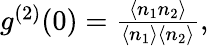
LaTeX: \begin{array}{r}{g^{(2)}(0)=\frac{\left\langle n_{1}n_{2}\right\rangle}{\left\langle n_{1}\right\rangle\left\langle n_{2}\right\rangle},}\end{array}